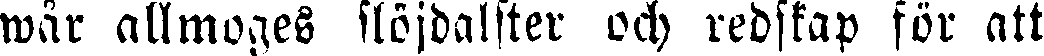
wår allmoges slöjdalster och redskap för att